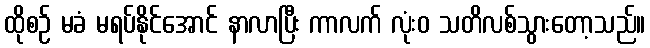
ထိုစဉ် မခံ မရပ်နိုင်အောင် နာလာပြီး ကာလက် လုံးဝ သတိလစ်သွားတော့သည်။